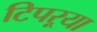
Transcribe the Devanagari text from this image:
टिपऱ्या